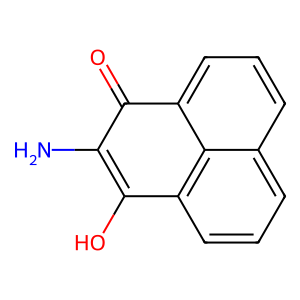
SMILES: NC1=C(O)c2cccc3cccc(c23)C1=O
Inhibits HIV replication: No